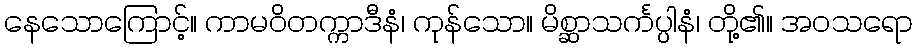
နေသောကြောင့်။ ကာမဝိတက္ကာဒီနံ၊ ကုန်သော။ မိစ္ဆာသင်္ကပ္ပါနံ၊ တို့၏။ အဝသရော